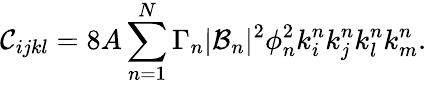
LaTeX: \mathcal{C}_{ijkl}=8A\sum_{n=1}^{N}\Gamma_{n}|\mathcal{B}_{n}|^{2}\phi_{n}^{2}k_{i}^{n}k_{j}^{n}k_{l}^{n}k_{m}^{n}.